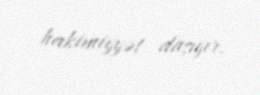
hakimiyyət daşıyır.